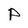
Character: p